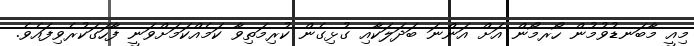
މިއީ މާބަނޑުވުމުން ހޯރމޯން އަށް އަންނަ ބަދަލަކާއި ގުޅިގެން ކުރިމަތިވާ ކަމެއްކަމަށްވަނީ ފާހަގަކުރެވިފައެވެ.